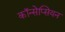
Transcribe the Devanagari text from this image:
कॉन्सेप्सियन